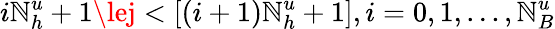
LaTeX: i\mathbb{N}_{h}^{u}+1\lej<[(i+1)\mathbb{N}_{h}^{u}+1],i=0,1,...,\mathbb{N}_{B}^{u}